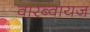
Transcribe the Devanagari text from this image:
वारब्वायज